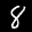
Label: 8